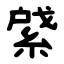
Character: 䋯